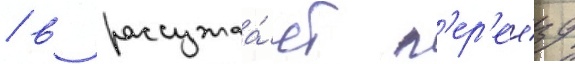
/ в рассужда́ет п'ер'ее́зд